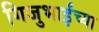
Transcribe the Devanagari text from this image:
गिजुभाईंच्या